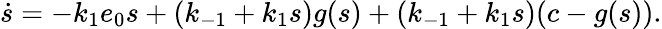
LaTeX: \dot{s}=-k_{1}e_{0}s+(k_{-1}+k_{1}s)g(s)+(k_{-1}+k_{1}s)(c-g(s)).